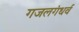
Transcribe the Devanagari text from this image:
गजलगंधर्व